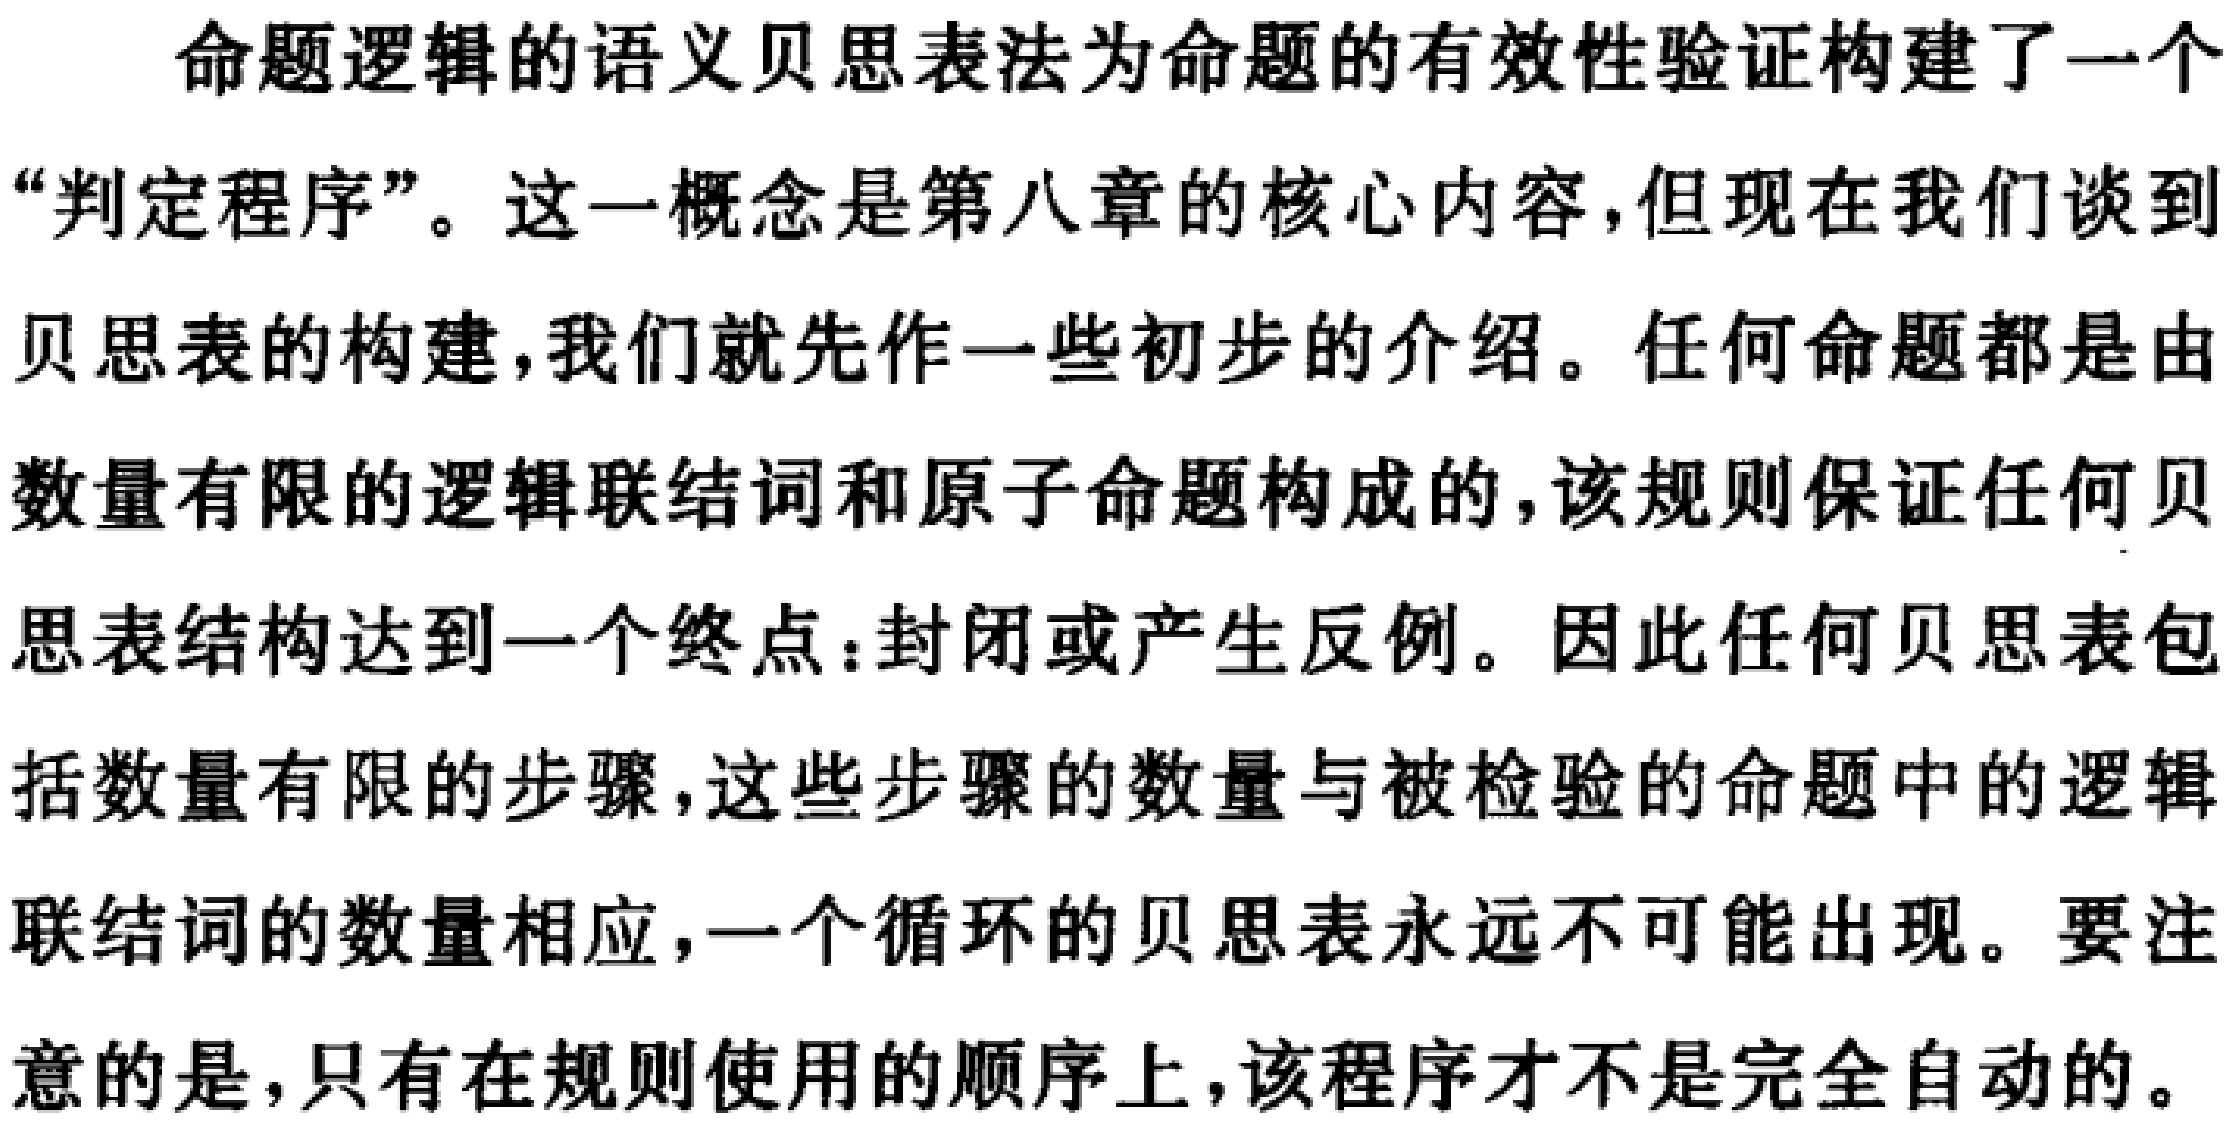
命题逻辑的语义贝思表法为命题的有效性验证构建了一个“判定程序”。这一概念是第八章的核心内容,但现在我们谈到贝思表的构建,我们就先作一些初步的介绍。任何命题都是由数量有限的逻辑联结词和原子命题构成的,该规则保证任何贝思表结构达到一个终点：封闭或产生反例。因此任何贝思表包括数量有限的步骤,这些步骤的数量与被检验的命题中的逻辑联结词的数量相应,一个循环的贝思表永远不可能出现。要注意的是,只有在规则使用的顺序上,该程序才不是完全自动的。